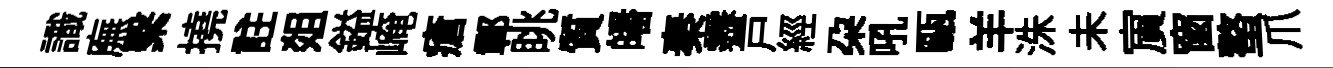
識廡繫撓註爼鎰崦瘡鄣眺質皤秦霽戸經朶吼甌羊洙未賔窗螯爪